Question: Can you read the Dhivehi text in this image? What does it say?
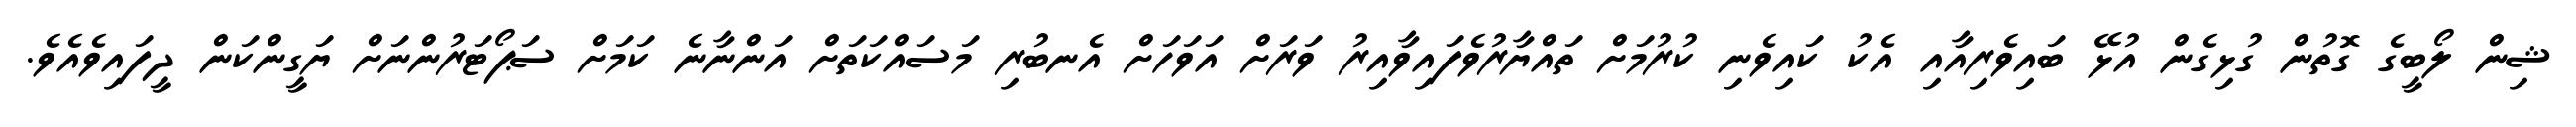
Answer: ޝިން ލޯބީގެ ގޮތުން ގުޅިގެން އުޅޭ ބައިވެރިއާއި އެކު ކައިވެނި ކުރުމަށް ތައްޔާރުވެފައިވާއިރު ވަރަށް އަވަހަށް އެނބުރި މަސައްކަތަށް އަންނާނެ ކަމަށް ސަޕޯޓަރުންނަށް ޔަގީންކަން ދީފައިވެއެވެ.